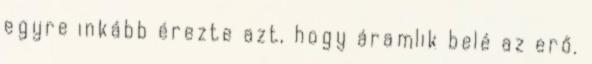
egyre inkább érezte azt, hogy áramlik belé az erő.